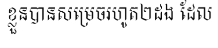
ខ្លួនបានសម្រេចរហូត២ដង ដែល